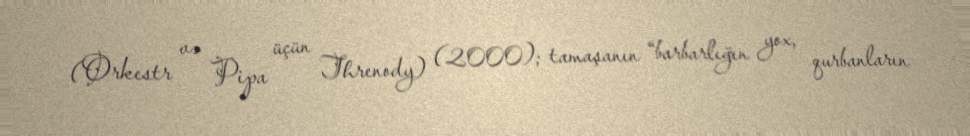
(Orkestr və Pipa üçün Threnody) (2000); tamaşanın “barbarlığın yox, qurbanların